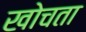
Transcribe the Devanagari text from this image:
खोचता